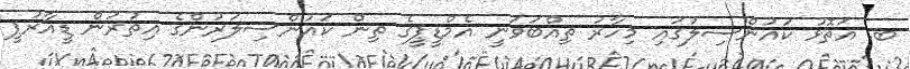
ބ. އަތޮޅު ކައުންސިލުގައި މިހާރު ތިއްބަވަނީ އެމްޑީޕީގެ ތިން ކައުންސިލަރުންގެ އިތުރުން ޑީއާރުޕީ